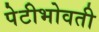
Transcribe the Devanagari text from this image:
पेटीभोवती